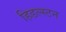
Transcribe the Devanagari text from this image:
हिडल्स्टन